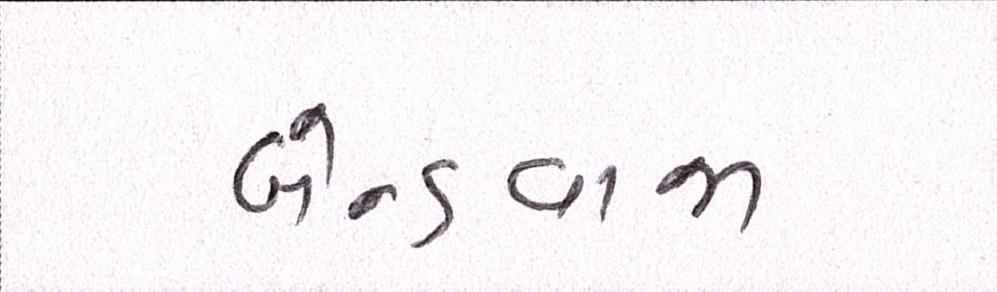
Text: બેન્ડવાજા